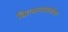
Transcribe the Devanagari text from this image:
विल्यम्सबरोबर